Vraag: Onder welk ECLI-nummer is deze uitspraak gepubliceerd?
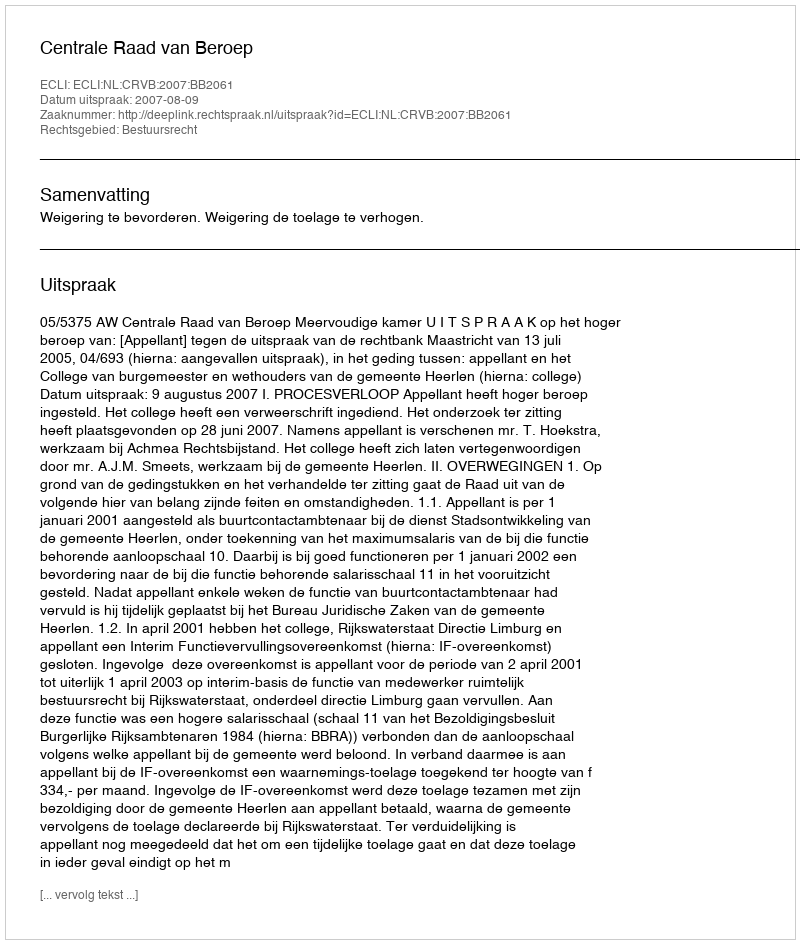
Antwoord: ECLI:NL:CRVB:2007:BB2061